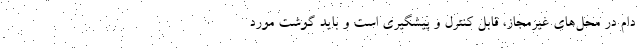
دام در محل‌های غیرمجاز، قابل کنترل و پیشگیری است و باید گوشت مورد